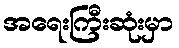
အရေးကြီးဆုံးမှာ